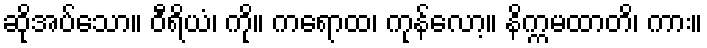
ဆိုအပ်သော။ ဝီရိယံ၊ ကို။ ကရောထ၊ ကုန်လော့။ နိက္ကမထာတိ၊ ကား။